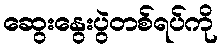
ဆွေးနွေးပွဲတစ်ရပ်ကို